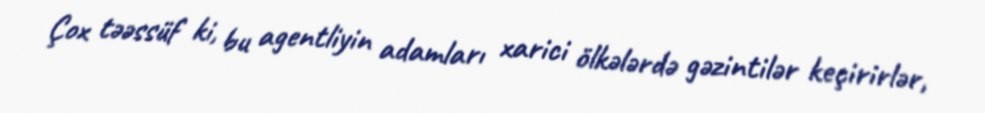
Çox təəssüf ki, bu agentliyin adamları xarici ölkələrdə gəzintilər keçirirlər,